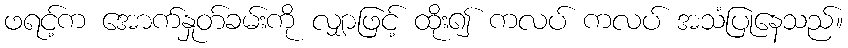
ဖရင့်က အောက်နှုတ်ခမ်းကို လျှာဖြင့် ထိုး၍ ကလပ် ကလပ် အသံပြုနေသည်။